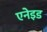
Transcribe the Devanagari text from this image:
एनेइड